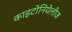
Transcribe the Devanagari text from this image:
काइटोनियेलीज